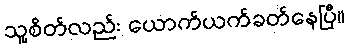
သူ့စိတ်လည်း ယောက်ယက်ခတ်နေပြီ။